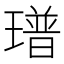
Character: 𤩓